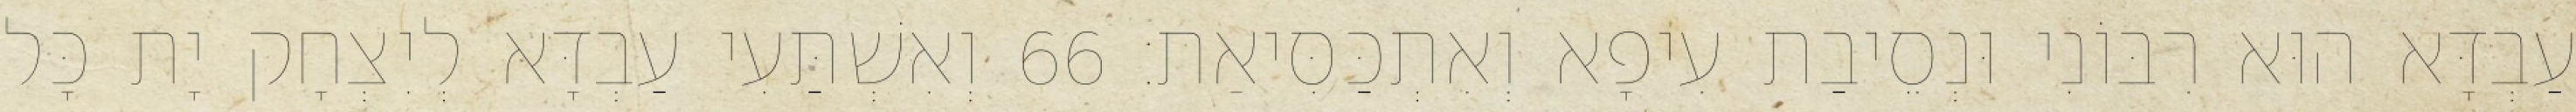
עַבְדָּא הוּא רִבּוֹנִי וּנְסֵיבַת עִיפָא וְאִתְכַּסִּיאַת׃ 66 וְאִשְׁתַּעִי עַבְדָּא לְיִצְחָק יָת כָּל